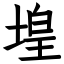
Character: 堭